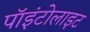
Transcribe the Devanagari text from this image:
पॉइंटोलाइट